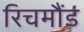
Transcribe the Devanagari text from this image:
रिचमौंड